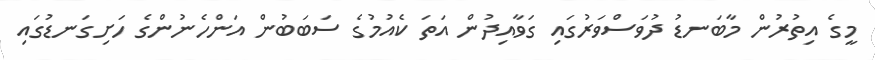
މީގެ އިތުރުން މާބަނޑު ދުވަސްވަރުގައި ގަވާއިދުން އަތަ ކެއުމުގެ ސަބަބުން އަންހެނުންގެ ހަށިގަނޑުގައި